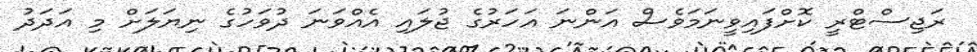
ރަޖިސްޓްރީ ކޮށްފައިވީނަމަވެސް އަންނަ އަހަރުގެ ޖުލައި އެއްވަނަ ދުވަހުގެ ނިޔަލަށް މި އަަދަދު